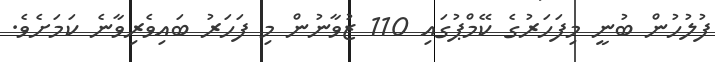
ފުލުހުން ބުނީ މިފަހަރުގެ ކޭމްޕުގައި 110 ޒުވާނުން މި ފަހަރު ބައިވެރިވާނެ ކަމަށެވެ.